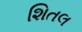
શિતલ